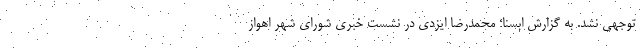
توجهی نشد. به گزارش ابسنا؛ محمدرضا ایزدی در نشست خبری شورای شهر اهواز